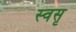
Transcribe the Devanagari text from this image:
स्वसृ